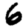
Digit: 6